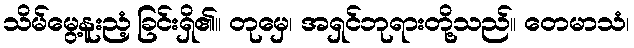
သိမ်မွေ့နူးညံ့ခြင်းရှိ၏။ တုမှေ၊ အရှင်ဘုရားတို့သည်။ တေမာသံ၊